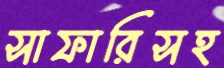
সাফারিসহ